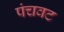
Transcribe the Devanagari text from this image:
पंचवट